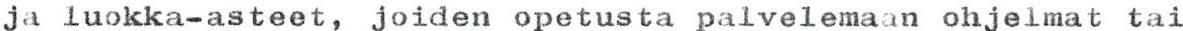
ja luokka-asteet, joiden opetusta palvelemaan ohjelmat tai